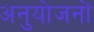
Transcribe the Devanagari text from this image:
अनुयोजनों